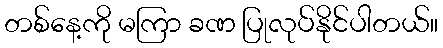
တစ်နေ့ကို မကြာ ခဏ ပြုလုပ်နိုင်ပါတယ်။